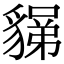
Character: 𧳼